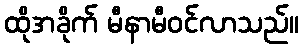
ထိုအခိုက် မီနာမီဝင်လာသည်။